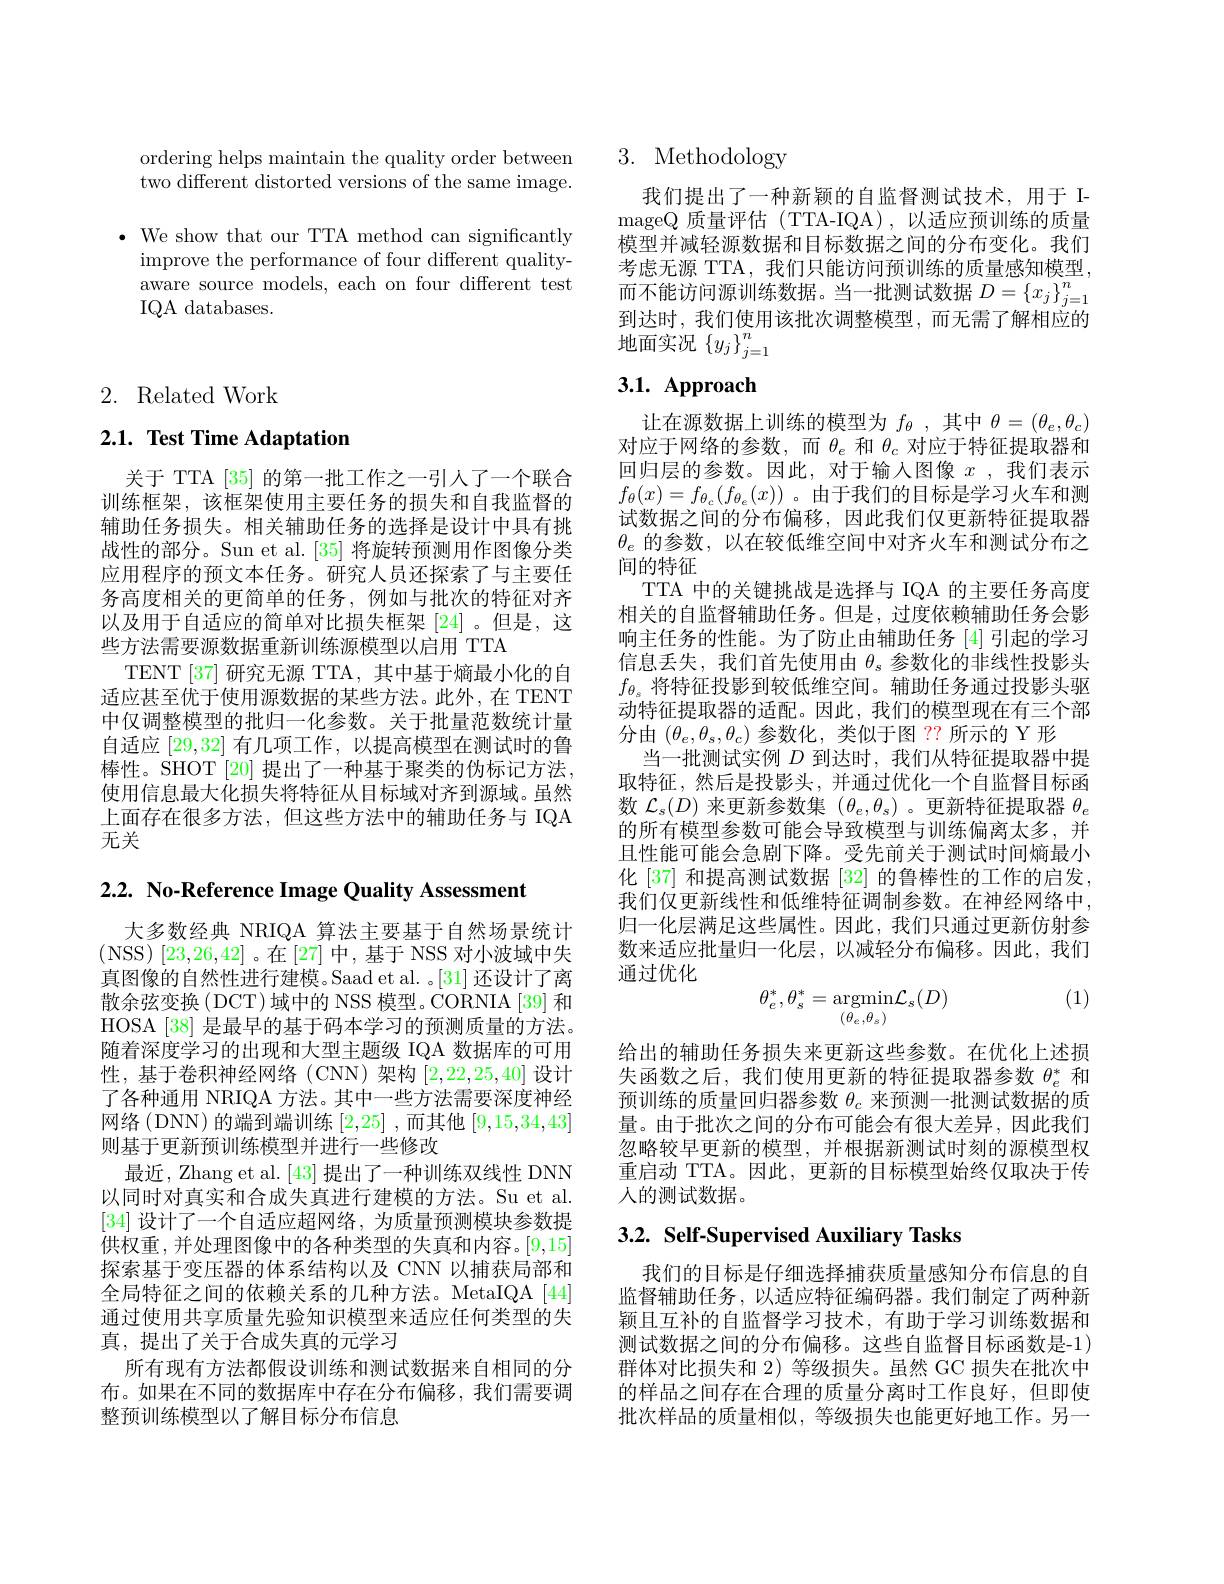
ordering helps maintain the quality order between two different distorted versions of the same image.

$\bullet$ We show that our TTA method can significantly
improve the performance of four different qualityaware source models, each on four different test IQA databases.

# 2. Related Work

## $2. 1. \textbf{ Test Time Adaptation}$

关于 TTA [35] 的第一批工作之一引人了一个联合训练框架，该框架使用主要任务的损失和自我监督的辅助任务损失。相关辅助任务的选择是设计中具有挑战性的部分。Sun et al.[35] 将旋转预测用作图像分类应用程序的预文本任务。研究人员还探索了与主要任务高度相关的更简单的任务，例如与批次的特征对齐以及用于自适应的简单对比损失框架 [24]。但是，这些方法需要源数据重新训练源模型以启用 TTA
TENT [37] 研究无源 TTA, 其中基于熵最小化的自适应甚至优于使用源数据的某些方法。此外，在 TENT 中仅调整模型的批归一化参数。关于批量范数统计量自适应[29,32]有几项工作，以提高模型在测试时的鲁棒性。SHOT [20] 提出了一种基于聚类的伪标记方法， 使用信息最大化损失将特征从目标域对齐到源域。虽然上面存在很多方法，但这些方法中的辅助任务与 IQA 无关

2.2. No-Reference Image Quality Assessment

大多数经典 NRIQA 算法主要基于自然场景统计(NSS)[23,26,42]。在[27]中，基于 NSS 对小波域中失真图像的自然性进行建模。Saad et al. 。[31] 还设计了离散余弦变换 ( DCT) 域中的 NSS 模型。CORNIA [39] 和HOSA [38] 是最早的基于码本学习的预测质量的方法。随着深度学习的出现和大型主题级 IQA 数据库的可用性，基于卷积神经网络(CNN)架构[2,22,25,40]设计了各种通用 NRIQA 方法。其中一些方法需要深度神经网络(DNN)的端到端训练$\left[2,25\right]$,而其他$\left[9,15,34,43\right]$ 则基于更新预训练模型并进行一些修改
最近，Zhang et al. [43] 提出了一种训练双线性 DNN 以同时对真实和合成失真进行建模的方法。Su et al. [34]设计了一个自适应超网络，为质量预测模块参数提供权重，并处理图像中的各种类型的失真和内容。[9,15] 探索基于变压器的体系结构以及 CNN 以捕获局部和全局特征之间的依赖关系的几种方法。MetaIQA[44] 通过使用共享质量先验知识模型来适应任何类型的失真，提出了关于合成失真的元学习
所有现有方法都假设训练和测试数据来自相同的分布。如果在不同的数据库中存在分布偏移，我们需要调整预训练模型以了解目标分布信息

# 3. Methodology

我们提出了一种新颖的自监督测试技术，用于 ImageQ 质量评估 (TTA-IQA),以适应预训练的质量模型并减轻源数据和目标数据之间的分布变化。我们考虑无源 TTA, 我们只能访问预训练的质量感知模型， 而不能访问源训练数据。当一批测试数据$D=\left\{x_{j}\right\}_{j=1}^{n}$ 到达时，我们使用该批次调整模型，而无需了解相应的地面实况$\left\{y_{j}\right\}_{j=1}^{n}$

# $3. 1. \textbf{ Approach}$

让在源数据上训练的模型为$f_\theta$,其中$\theta=(\theta_e,\theta_c)$ 对应于网络的参数，而$\theta_e$和$\theta_c$对应于特征提取器和回归层的参数。因此，对于输入图像$x$ ,我们表示$f_\theta(x)=f_{\theta_c}(f_{\theta_e}(x))$ 。由于我们的目标是学习火车和测试数据之间的分布偏移，因此我们仅更新特征提取器$\theta_e$的参数，以在较低维空间中对齐火车和测试分布之间的特征
TTA 中的关键挑战是选择与 IQA 的主要任务高度相关的自监督辅助任务。但是，过度依赖辅助任务会影响主任务的性能。为了防止由辅助任务[4]引起的学习信息丢失，我们首先使用由$\theta_\mathrm{s}$参数化的非线性投影头$f_{\theta_s}$将特征投影到较低维空间。辅助任务通过投影头驱动特征提取器的适配。因此，我们的模型现在有三个部分由$(\theta_e,\theta_s,\theta_c)$参数化，类似于图 ?? 所示的 Y 形
当一批测试实例$D$到达时，我们从特征提取器中提取特征，然后是投影头，并通过优化一个自监督目标函数$\mathcal{L}_s(D)$来更新参数集$(\theta_e,\theta_s)$ 。更新特征提取器$\theta_e$ 的所有模型参数可能会导致模型与训练偏离太多，并且性能可能会急剧下降。受先前关于测试时间熵最小化 [37] 和提高测试数据 [32] 的鲁棒性的工作的启发， 我们仅更新线性和低维特征调制参数。在神经网络中， 归一化层满足这些属性。因此，我们只通过更新仿射参数来适应批量归一化层，以减轻分布偏移。因此，我们通过优化

(1)
$$\theta_e^*,\theta_s^*=\underset{(\theta_e,\theta_s)}{\operatorname*{argmin}}\mathcal{L}_s(D)$$
给出的辅助任务损失来更新这些参数。在优化上述损失函数之后，我们使用更新的特征提取器参数$\theta_e^*$和预训练的质量回归器参数$\theta_c$来预测一批测试数据的质量。由于批次之间的分布可能会有很大差异，因此我们忽略较早更新的模型，并根据新测试时刻的源模型权重启动 TTA。因此，更新的目标模型始终仅取决于传人的测试数据。

## 3.2. Self-Supervised Auxiliary Tasks

我们的目标是仔细选择捕获质量感知分布信息的自监督辅助任务，以适应特征编码器。我们制定了两种新颖且互补的自监督学习技术，有助于学习训练数据和测试数据之间的分布偏移。这些自监督目标函数是-1) 群体对比损失和 2) 等级损失。虽然 GC 损失在批次中的样品之间存在合理的质量分离时工作良好，但即使批次样品的质量相似，等级损失也能更好地工作。另一